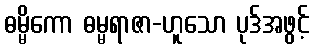
ဓမ္မိကော ဓမ္မရာဇာ-ဟူသော ပုဒ်အဖွင့်